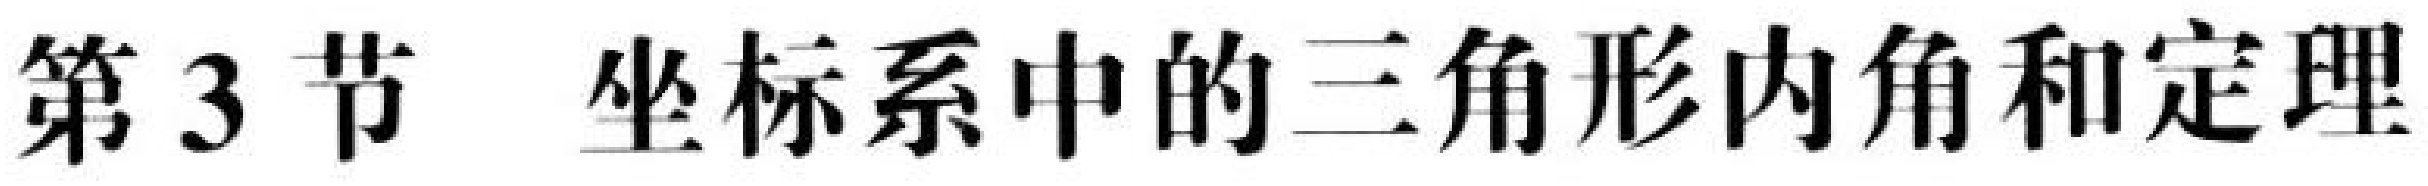
第3节  坐标系中的三角形内角和定理